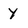
Character: Y